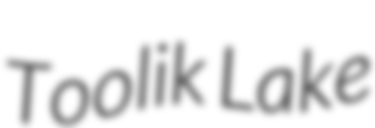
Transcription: Toolik Lake